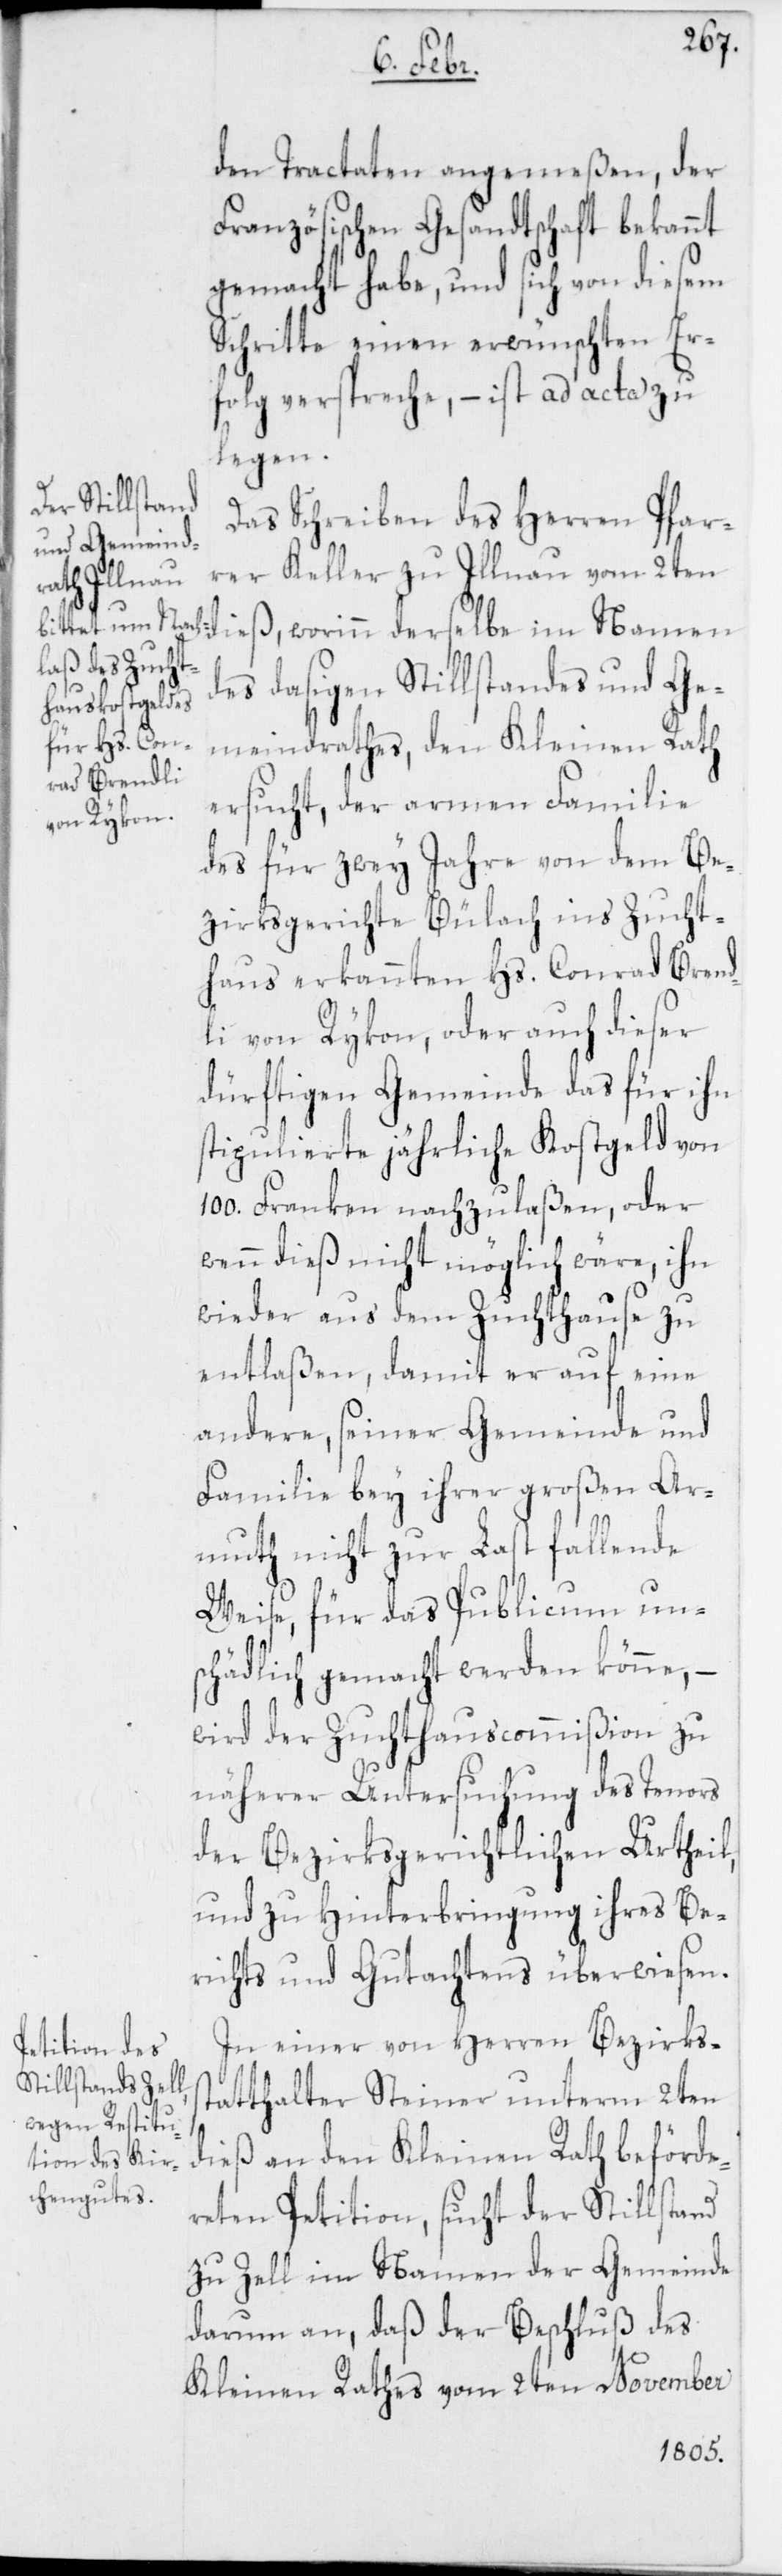
den Tractaten angemeßen, der
Französischen Gesandtschaft bekannt
gemacht habe, und sich von diesem
Schritte einen erwünschten Er¬
folg verspreche, – ist ad acta zu
legen.
Das Schreiben des Herren Pfar¬
rer Keller zu Illnau vom 2ten
des dasigen Stillstandes und Ge¬
meindrathes, den Kleinen Rath
ersucht, der armen Familie
des für zwey Jahre von dem Be¬
zirksgerichte Bülach ins Zucht¬
haus erkannten Hs. Conrad Brend¬
li von Rykon, oder auch dieser
dürftigen Gemeinde das für ihn
stipulierte jährliche Kostgeld von
100. Franken nachzulaßen, oder
wenn dieß nicht möglich wäre, ihn
wieder aus dem Zuchthause zu
entlaßen, damit er auf eine
andere, seiner Gemeinde und
Familie bey ihrer großen Ar¬
muth nicht zur Last fallende
Weise, für das Publicum un¬
schädlich gemacht werden könne, –
wird der Zuchthauscommißion zu
näherer Untersuchung des Tenors
der Bezirksgerichtlichen Urtheil
und zu Hinterbringung ihres Be¬
richts und Gutachtens überwiesen.
In einer von Herren Bezirkss¬
tatthalter Steiner unterm 2ten
dieß an den Kleinen Rath beförde¬
reten Petition, sucht der Stillstand
zu Zell im Namen der Gemeinde
darum an, daß der Beschluß des
Kleinen Rathes vom 2ten November